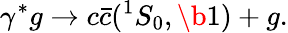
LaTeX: \gamma^{*}g\rightarrow c\bar{c}({}^{1}S_{0},\b{1})+g.